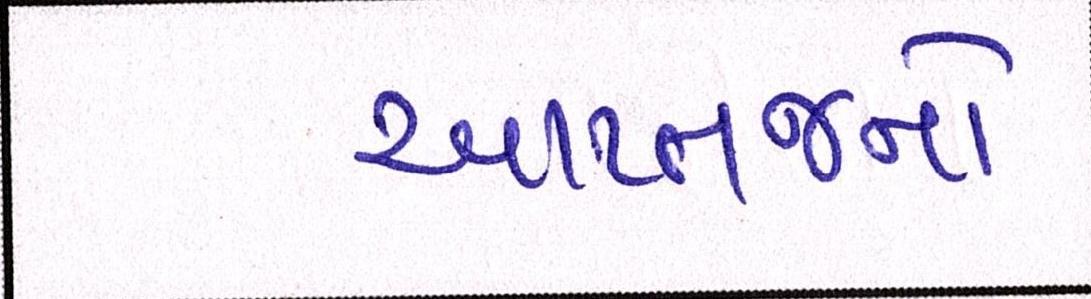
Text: આપ્તજનો